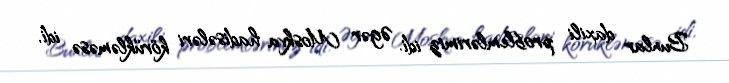
Bunlar daxili problemlərimiz idi. Əgər Moskva hadisələri körükləməsə idi,